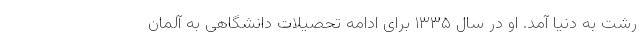
رشت به دنیا آمد. او در سال ۱۳۳۵ برای ادامه تحصیلات دانشگاهی به آلمان